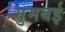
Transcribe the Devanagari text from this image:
मुमबई